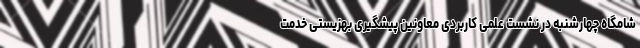
شامگاه چهارشنبه در نشست علمی کاربردی معاونین پیشگیری بهزیستی خدمت